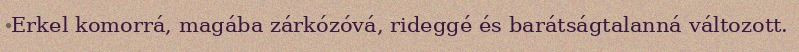
Erkel komorrá, magába zárkózóvá, rideggé és barátságtalanná változott.